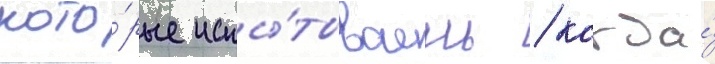
кото́рые испы́тываешь / когда́